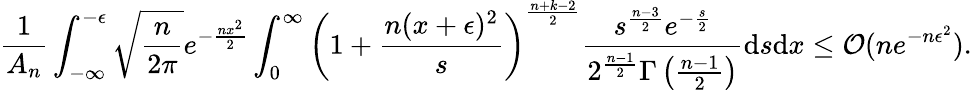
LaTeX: \frac{1}{A_{n}}\int_{-\infty}^{-\epsilon}\sqrt{\frac{n}{2\pi}}e^{-\frac{nx^{2}}{2}}\int_{0}^{\infty}\left(1+\frac{n(x+\epsilon)^{2}}{s}\right)^{\frac{n+k-2}{2}}\frac{s^{\frac{n-3}{2}}e^{-\frac{s}{2}}}{2^{\frac{n-1}{2}}\Gamma\left(\frac{n-1}{2}\right)}\mathrm{d}s\mathrm{d}x\leq\mathcal{O}(ne^{-n\epsilon^{2}}).